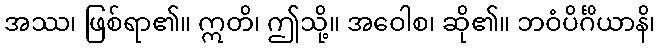
အဿ၊ ဖြစ်ရာ၏။ ဣတိ၊ ဤသို့။ အဝေါစ၊ ဆို၏။ ဘဝံပိင်္ဂိယာနိ၊